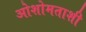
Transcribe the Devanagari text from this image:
ओशोमताशी